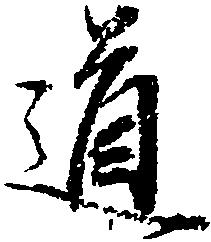
道